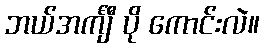
ဘယ်အင်္ကျီ ပို ကောင်းလဲ။